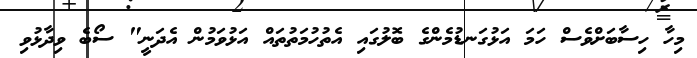
މިހާ ހިސާބަށްވެސް ހަމަ އަޅުގަނޑުމެންގެ ބޮލުގައި އެތުހުމަތުތައް އަޅުވަމުން އެދަނީ" ސޯބެ ވިދާޅުވި